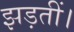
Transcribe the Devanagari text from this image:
झड़तीं।